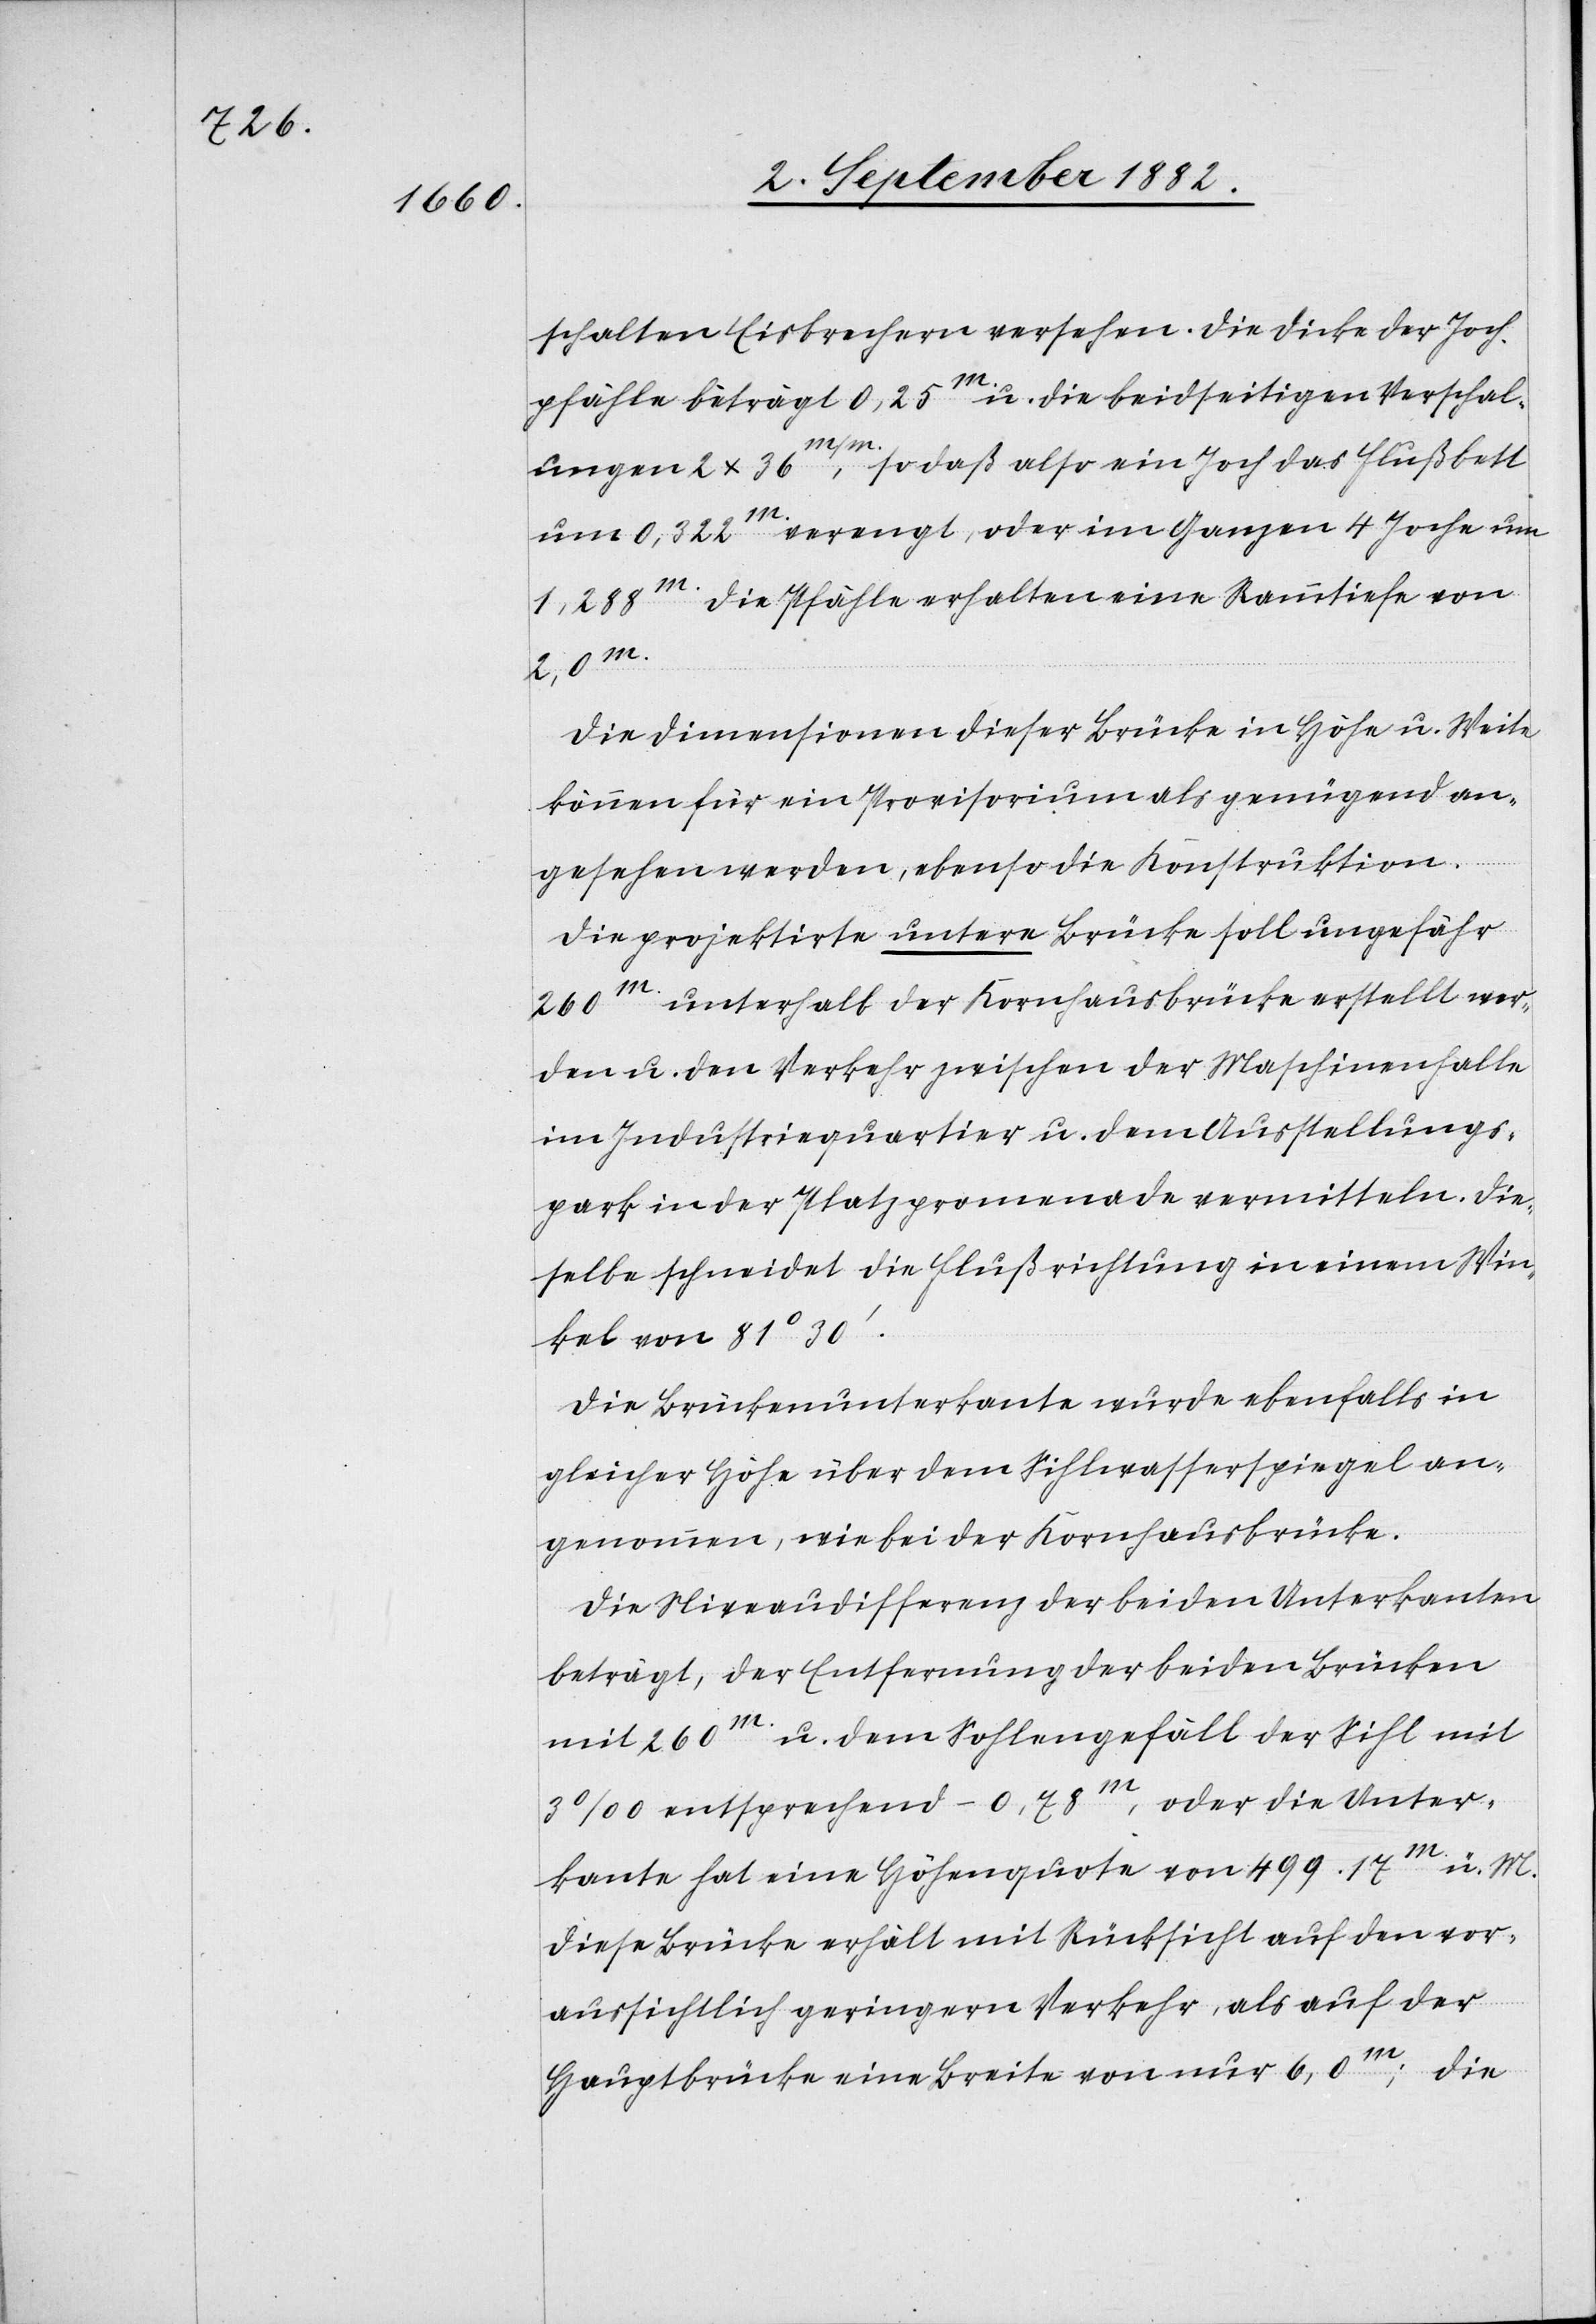
schalten Eisbrechern versehen. Die Dicke der Joch¬
pfähle beträgt 0,25m u. die beidseitigen Verschal¬
so daß also ein Joch das Flusbett
ungen 2 x 36m/m,
um 0,322m. verengt, oder im Ganzen 4 Joche um
1,288m. Die Pfähle erhalten eine Rammtiefe von
2,0m.
Die Dimensionen dieser Brücke in Höhe u. Weite
können für ein Provisorium als genügend an¬
gesehen werden, ebenso die Konstruktion.
Die projektirte untere Brücke soll ungefähr
260m unterhalb der Kornhausbrücke erstellt wer¬
den u. den Verkehr zwischen der Maschinenhalle
im Industriequartier u. dem Ausstellungs¬
park in der Platzpromenade vermitteln. Die¬
selbe schneidet die Flußrichtung in einem Win¬
kel von 81°30‘.
Die Brückenunterkante wurde ebenfalls in
gleicher Höhe über dem Sihlwasserspiegel an¬
genommen, wie bei der Kornhausbrücke.
Die Niveaudifferenz der beiden Unterkanten
beträgt, der Entfernung der beiden Brücken
mit 260m u. dem Sohlengefäll der Sihl mit
3‰ entsprechend -0,78m, oder die Unter¬
kante hat eine Höhenquote von 499.17m. ü. M.
Diese Brücke erhält mit Rücksicht auf den vor¬
aussichtlich geringern Verkehr, als auf der
Hauptbrücke eine Breite von nur 6,0m; die